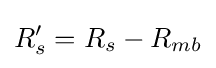
R'_{s}=R_{s}-R_{mb}